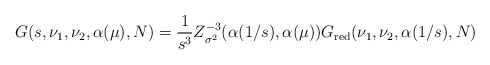
\begin{align*}G(s,\nu _{1},\nu _{2},\alpha (\mu ),N)={\frac{1}{s^{3}}}Z_{\sigma^{2}}^{-3}(\alpha (1/s),\alpha (\mu ))G_{\mathrm{red}}(\nu _{1},\nu_{2},\alpha (1/s),N)\end{align*}